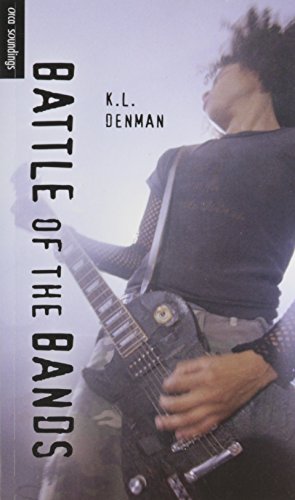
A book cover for Battle of the Bands (Orca Soundings); K. L. Denman; Teen & Young Adult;